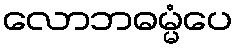
လောဘဓမ္မံပေ